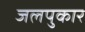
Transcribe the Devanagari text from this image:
जलपुकार